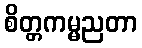
စိတ္တကမ္မညတာ